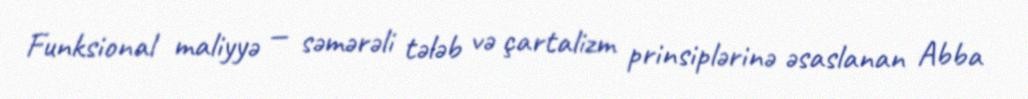
Funksional maliyyə — səmərəli tələb və çartalizm prinsiplərinə əsaslanan Abba